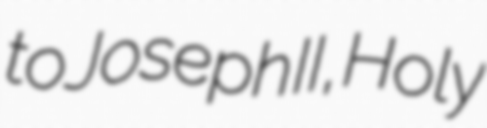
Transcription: to Joseph II, Holy